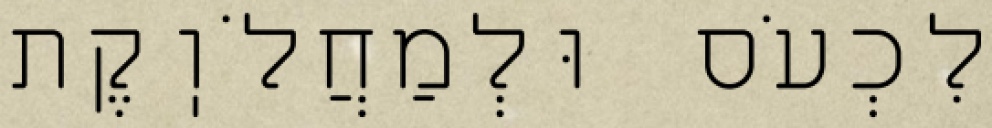
לִכְעֹס וּלְמַחֲלֹוֽקֶת